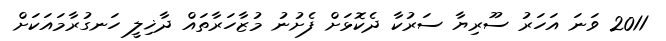
2011 ވަނަ އަހަރު ސޫރިޔާ ސަރުކާ ދެކޮޅަށް ފެށުނު މުޒާހަރާތައް ދާޚިލީ ހަނގުރާމައަކަށް